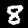
Label: 8